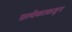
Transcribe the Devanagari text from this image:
प्रत्येकाकडून